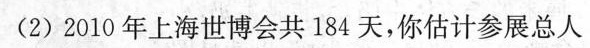
(2)2010年上海世博会共184天，你估计参展总人